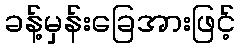
ခန့်မှန်းခြေအားဖြင့်